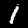
Digit: 1